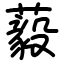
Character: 藙